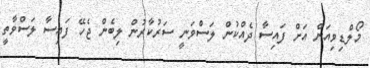
މޯލްޑިވިއަން އަށް ފައިސާ ދެއްކުން ލަސްވަނީ ސަރުކާރުން ލިބެން ޖެހޭ ފައިސާ ލަސްވާތީ